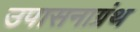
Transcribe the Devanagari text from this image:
उपासनाग्रंथ